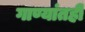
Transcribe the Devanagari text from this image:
गाण्यांतही